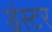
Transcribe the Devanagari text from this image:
डंस्टर